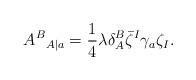
LaTeX: \begin{align*}{A^B}_{A|a}={1\over 4}\lambda\delta_A^B\bar\zeta^I\gamma_a\zeta_I.\end{align*}